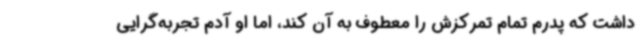
داشت که پدرم تمام تمرکزش را معطوف به آن کند، اما او آدم تجربه‌گرایی